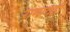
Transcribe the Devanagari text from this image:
रानातही